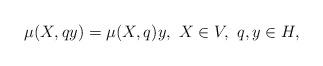
LaTeX: \begin{align*}\mu(X, q y) = \mu(X, q) y,\ X\in V,\ q,y \in H,\end{align*}